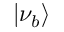
| \nu _ { b } \rangle